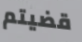
قضيتم